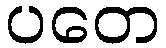
ပတေ